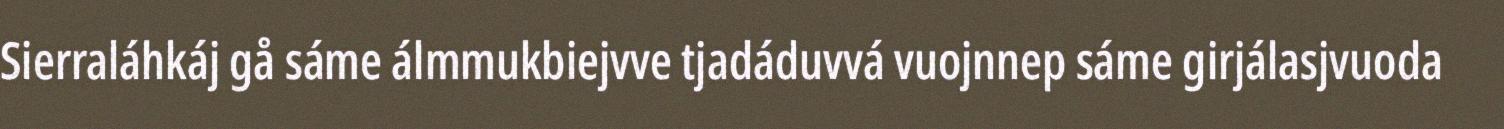
Sierraláhkáj gå sáme álmmukbiejvve tjadáduvvá vuojnnep sáme girjálasjvuoda